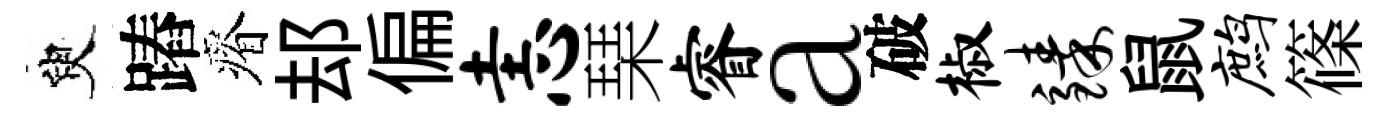
臾蹖瘠𨚫偏恚琹睿a破椒臻鼠鹧篠